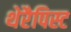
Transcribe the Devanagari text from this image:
थेरैपिस्ट